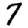
Digit: 7